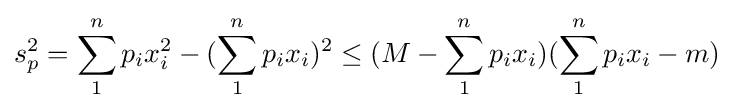
s_{p}^{2}=\sum _{1}^{n}p_{i}x_{i}^{2}-(\sum _{1}^{n}p_{i}x_{i})^{2}\leq (M-\sum _{1}^{n}p_{i}x_{i})(\sum _{1}^{n}p_{i}x_{i}-m)